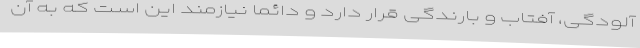
آلودگی، آفتاب و بارندگی قرار دارد و دائما نیازمند این است که به آن